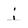
Character: i